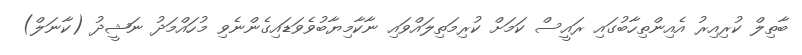
ބާތިލް ކުރިއިރު އެއިންތިހާބުގައި ރައީސް ކަމަށް ކުރިމަތިލައްވައި ނާކާމިޔާބުވެވަޑައިގެންނެވި މުހައްމަދު ނަޝީދު (ކާނަލް)